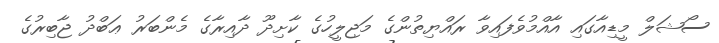
ސޯޝަލް މީޑިއާގައި އާއްމުވެފައިވާ ރައްޔިތުންގެ މަޖިލީހުގެ ކާށިދޫ ދާއިރާގެ މެންބަރު ޢަބްދު ޖާބިރުގެ